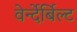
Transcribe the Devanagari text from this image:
वेर्न्देर्बिल्ट